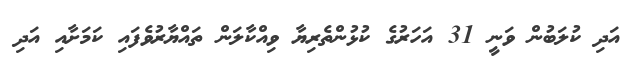
އަދި ކުލަބުން ވަނީ 31 އަހަރުގެ ކުޅުންތެރިޔާ ވިއްކާލަން ތައްޔާރުވެފައި ކަމަށާއި އަދި